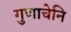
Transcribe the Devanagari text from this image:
गुणाचेनि